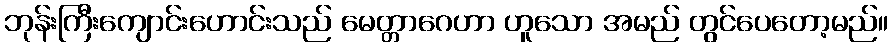
ဘုန်းကြီးကျောင်းဟောင်းသည် မေတ္တာဂေဟာ ဟူသော အမည် တွင်ပေတော့မည်။